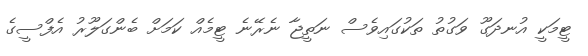
ޓީމަކީ އުނދަގޫ ވަގުތު ތަކުގައިވެސް ނަތީޖާ ނެރޭނެ ޓީމެއް ކަމަށް ބެންގަލޫރު އެފްސީގެ